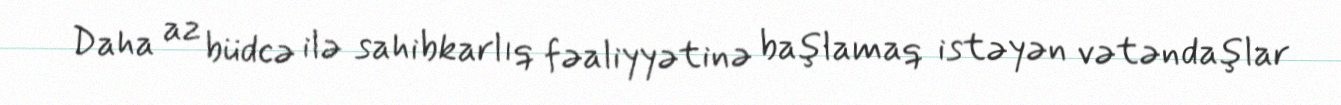
Daha az büdcə ilə sahibkarlıq fəaliyyətinə başlamaq istəyən vətəndaşlar